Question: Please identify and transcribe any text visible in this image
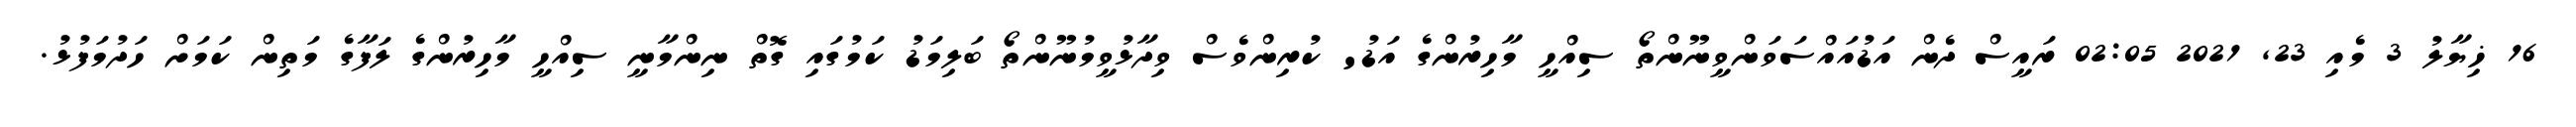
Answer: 16 ޚިޔާލު 3 މެއި 23, 2021 02:05 ރައީސް ދެން އަޑުއައްސަވަންވީނޫންތޯ ސިއްހީ މާހިރުންގެ އަޑު' ކުރިންވެސް ވިދާޅުވީމުނޫންތޯ ބަލިމަޑު ކަމުގައި ގޮތް ނިންމާނީ ސިއްހީ މާހިރުންގެ ލަފާގެ މަތިން ކަމަށް ހަދުމަފުޅު.